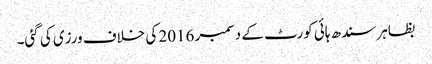
بظاہر سندھ ہائی کورٹ کے دسمبر 2016 کی خلاف ورزی کی گئی۔